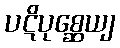
ပဋိပုစ္ဆေယျ